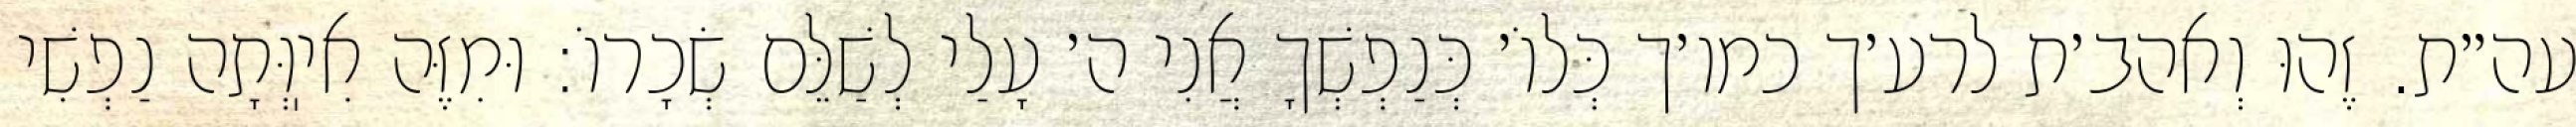
עה״ת. זֶהוּ וְאהב׳ת לרע׳ך כמו׳ך כְּלוֹ׳ כְּנַפְשְׁךָ אֲנִי ה׳ עָלַי לְשַׁלֵּם שְׂכָרוֹ: וּמִזֶּה אִיֽוְּתָה נַפְשִׁי